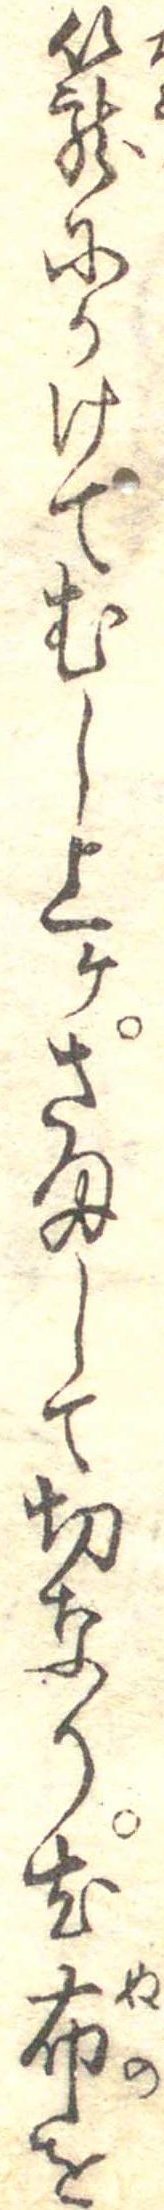
篭にかけてむし上けさまして切なり尤布を